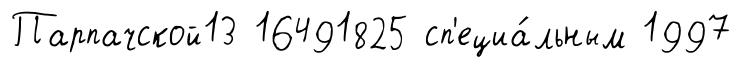
Парпачской13 16491825 сп'ециа́льным 1997